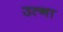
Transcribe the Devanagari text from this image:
उत्ना